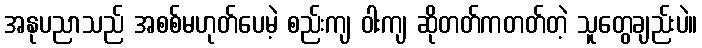
အနုပညာသည် အစစ်မဟုတ်ပေမဲ့ စည်းကျ ဝါးကျ ဆိုတတ်ကတတ်တဲ့ သူတွေချည်းပဲ။